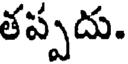
తప్పదు.